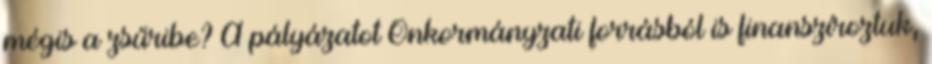
mégis a zsűribe? A pályázatot Önkormányzati forrásból is finanszíroztuk,